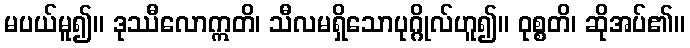
မပယ်မူ၍။ ဒုဿီလောဣတိ၊ သီလမရှိသောပုဂ္ဂိုလ်ဟူ၍။ ဝုစ္စတိ၊ ဆိုအပ်၏။